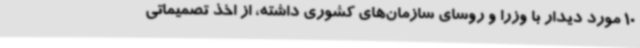
10 مورد دیدار با وزرا و روسای سازمان‌های کشوری داشته، از اخذ تصمیماتی